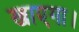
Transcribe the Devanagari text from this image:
खाएगा।